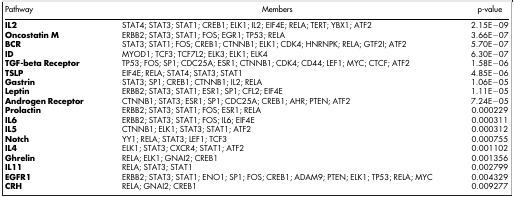
<table><thead><tr><td><b>Pathway</b></td><td><b>Members</b></td><td><b>p-value</b></td></tr></thead><tbody><tr><td><b>IL2</b></td><td>STAT4; STAT3; STAT1; CREB1; ELK1; IL2; EIF4E; RELA; TERT; YBX1; ATF2</td><td>2.15E−09</td></tr><tr><td><b>Oncostatin M</b></td><td>ERBB2; STAT3; STAT1; FOS; EGR1; TP53; RELA</td><td>3.66E−07</td></tr><tr><td><b>BCR</b></td><td>STAT3; STAT1; FOS; CREB1; CTNNB1; ELK1; CDK4; HNRNPK; RELA; GTF2I; ATF2</td><td>5.70E−07</td></tr><tr><td><b>ID</b></td><td>MYOD1; TCF3; TCF7L2; ELK3; ELK1; ELK4</td><td>6.30E−07</td></tr><tr><td><b>TGF-beta Receptor</b></td><td>TP53; FOS; SP1; CDC25A; ESR1; CTNNB1; CDK4; CD44; LEF1; MYC; CTCF; ATF2</td><td>1.58E−06</td></tr><tr><td><b>TSLP</b></td><td>EIF4E; RELA; STAT4; STAT3; STAT1</td><td>4.85E−06</td></tr><tr><td><b>Gastrin</b></td><td>STAT3; SP1; CREB1; CTNNB1; IL2; RELA</td><td>1.06E−05</td></tr><tr><td><b>Leptin</b></td><td>ERBB2; STAT3; STAT1; ESR1; SP1; CFL2; EIF4E</td><td>1.11E−05</td></tr><tr><td><b>Androgen Receptor</b></td><td>CTNNB1; STAT3; ESR1; SP1; CDC25A; CREB1; AHR; PTEN; ATF2</td><td>7.24E−05</td></tr><tr><td><b>Prolactin</b></td><td>ERBB2; STAT3; STAT1; FOS; ESR1; RELA</td><td>0.000229</td></tr><tr><td><b>IL6</b></td><td>ERBB2; STAT3; STAT1; FOS; IL6; EIF4E</td><td>0.000311</td></tr><tr><td><b>IL5</b></td><td>CTNNB1; ELK1; STAT3; STAT1; ATF2</td><td>0.000312</td></tr><tr><td><b>Notch</b></td><td>YY1; RELA; STAT3; LEF1; TCF3</td><td>0.000755</td></tr><tr><td><b>IL4</b></td><td>ELK1; STAT3; CXCR4; STAT1; ATF2</td><td>0.001102</td></tr><tr><td><b>Ghrelin</b></td><td>RELA; ELK1; GNAI2; CREB1</td><td>0.001356</td></tr><tr><td><b>IL11</b></td><td>RELA; STAT3; STAT1</td><td>0.002799</td></tr><tr><td><b>EGFR1</b></td><td>ERBB2; STAT3; STAT1; ENO1; SP1; FOS; CREB1; ADAM9; PTEN; ELK1; TP53; RELA; MYC</td><td>0.004329</td></tr><tr><td><b>CRH</b></td><td>RELA; GNAI2; CREB1</td><td>0.009277</td></tr></tbody></table>